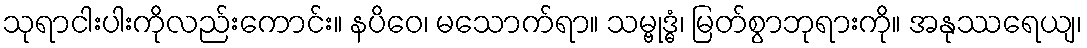
သုရာငါးပါးကိုလည်းကောင်း။ နပိဝေ၊ မသောက်ရာ။ သမ္ဗုဒ္ဓံ၊ မြတ်စွာဘုရားကို။ အနုဿရေယျ၊